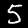
Digit: 5